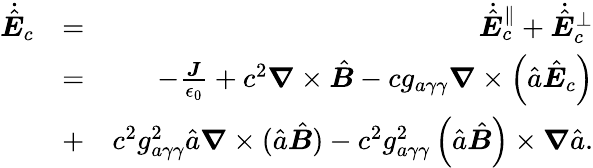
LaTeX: \begin{array}{rlr}{\dot{\hat{\boldsymbol E}}_{c}}&{=}&{\dot{\hat{\boldsymbol E}}_{c}^{\parallel}+\dot{\hat{\boldsymbol E}}_{c}^{\perp}}\\ &{=}&{-\frac{\boldsymbol J}{\epsilon_{0}}+c^{2}\boldsymbol\nabla\times\hat{\boldsymbol B}-cg_{a\gamma\gamma}\boldsymbol\nabla\times\left(\hat{a}\hat{\boldsymbol E}_{c}\right)}\\ &{+}&{c^{2}g_{a\gamma\gamma}^{2}\hat{a}\boldsymbol\nabla\times(\hat{a}\hat{\boldsymbol B})-c^{2}g_{a\gamma\gamma}^{2}\left(\hat{a}\hat{\boldsymbol B}\right)\times\boldsymbol\nabla\hat{a}.}\end{array}